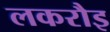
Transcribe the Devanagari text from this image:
लकरौइ